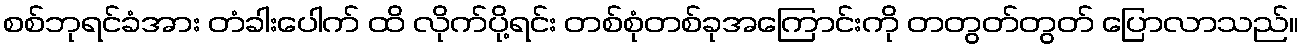
စစ်ဘုရင်ခံအား တံခါးပေါက် ထိ လိုက်ပို့ရင်း တစ်စုံတစ်ခုအကြောင်းကို တတွတ်တွတ် ပြောလာသည်။